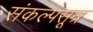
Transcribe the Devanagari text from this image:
संकल्पसूत्र